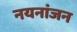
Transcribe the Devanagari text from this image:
नयनांजन